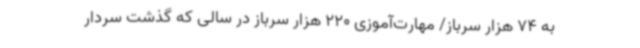
به 74 هزار سرباز/ مهارت‌آموزی 220 هزار سرباز در سالی که گذشت سردار